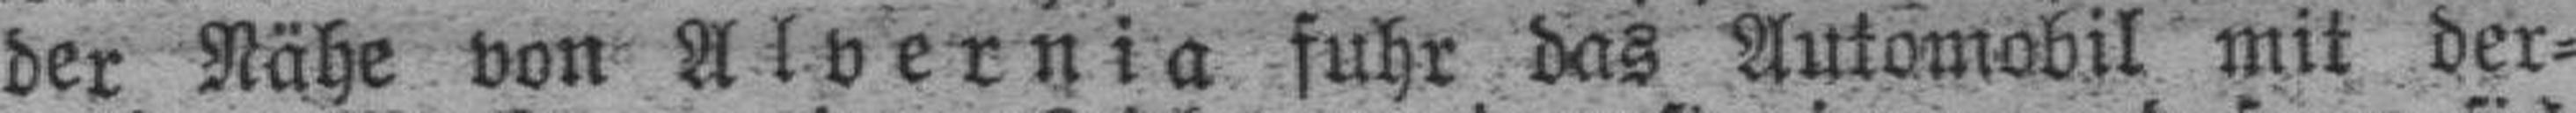
der Nähe von Alvernia fuhr das Automobil mit der¬